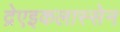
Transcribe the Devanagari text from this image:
द्रेएइकलास्सेन